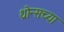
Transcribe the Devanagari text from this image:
थ्रोन्सच्या